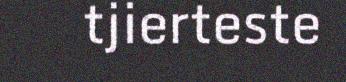
tjierteste